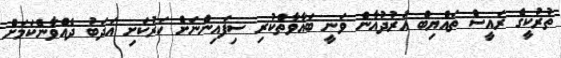
ތުރުކީގެ ރައީސް ތައްޔިބް އުރުދުޣާން ވަނީ ބަޣާވާތްކުރި ސިފައިންނަށް ހަރުކަށި އަދަބު ދެއްވާނެކަމަށް